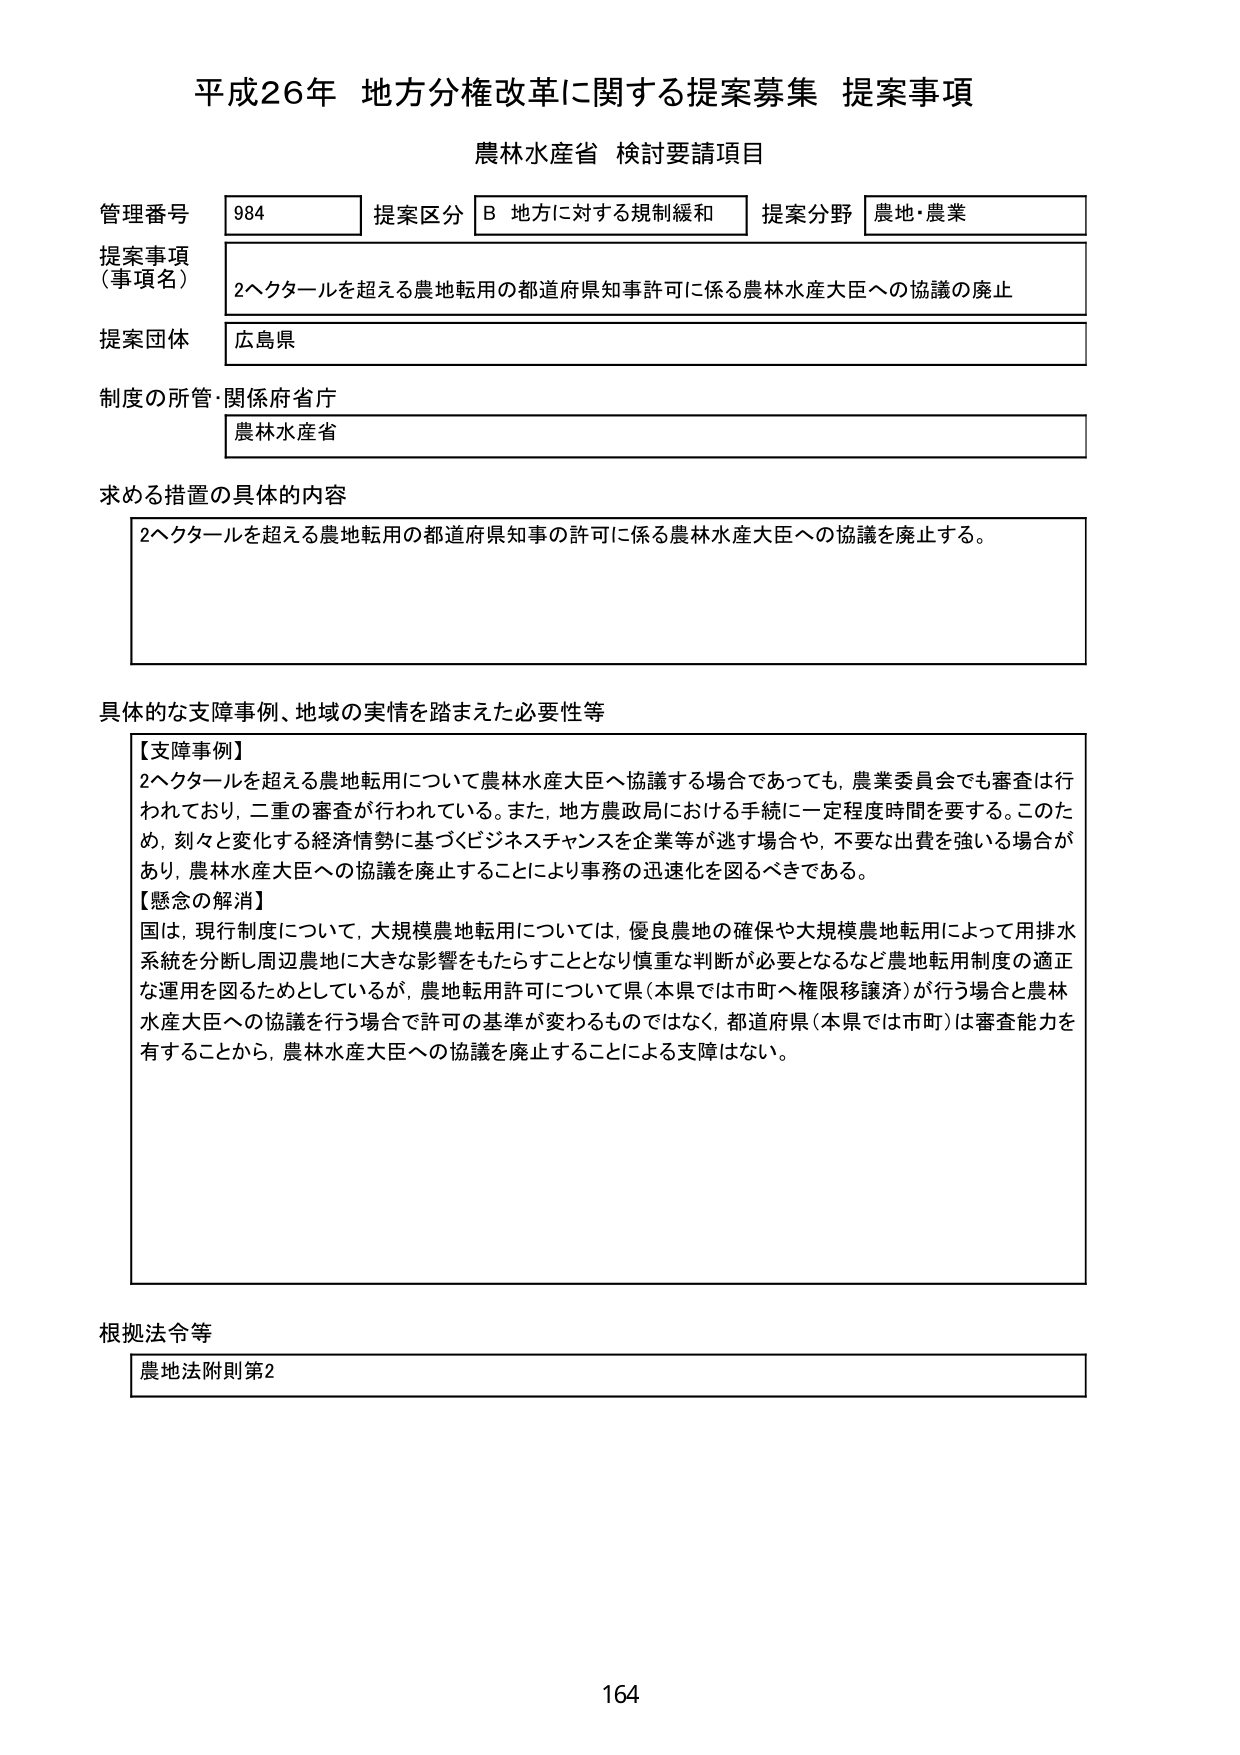
平成26年 地方分権改革に関する提案募集 提案事項
農林水産省 検討要請項目

管理番号 984 提案区分 B 地方に対する規制緩和 提案分野 農地・農業
提案事項（事項名） 2ヘクタールを超える農地転用の都道府県知事許可に係る農林水産大臣への協議の廃止
提案団体 広島県
制度の所管・関係府省庁 農林水産省

求める措置の具体的内容
2ヘクタールを超える農地転用の都道府県知事の許可に係る農林水産大臣への協議を廃止する。

具体的な支障事例、地域の実情を踏まえた必要性等
【支障事例】
2ヘクタールを超える農地転用について農林水産大臣へ協議する場合であっても、農業委員会でも審査は行われており、二重の審査が行われている。また、地方農政局における手続に一定程度時間を要する。このため、刻々と変化する経済情勢に基づくビジネスチャンスを企業等が逃す場合や、不要な出費を強いる場合があり、農林水産大臣への協議を廃止することにより事務の迅速化を図るべきである。
【懸念の解消】
国は、現行制度について、大規模農地転用については、優良農地の確保や大規模農地転用によって用排水系統を分断し周辺農地に大きな影響をもたらすこととなり慎重な判断が必要となるなど農地転用制度の適正な運用を図るためとしているが、農地転用許可について県（本県では市町へ権限譲渡）が行う場合と農林水産大臣への協議を行う場合で許可の基準が変わるものではなく、都道府県（本県では市町）は審査能力を有することから、農林水産大臣への協議を廃止することによる支障はない。

根拠法令等
農地法附則第2

164